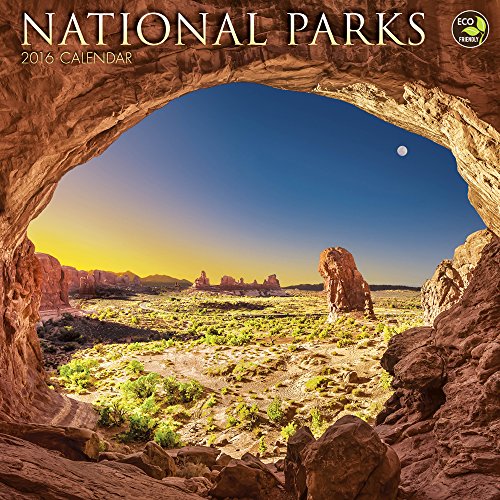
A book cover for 2016 National Parks Wall Calendar; TF Publishing; Arts & Photography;